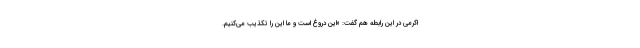
اکرمی در این رابطه هم گفت: «این دروغ است و ما این را تکذیب می‌کنیم.